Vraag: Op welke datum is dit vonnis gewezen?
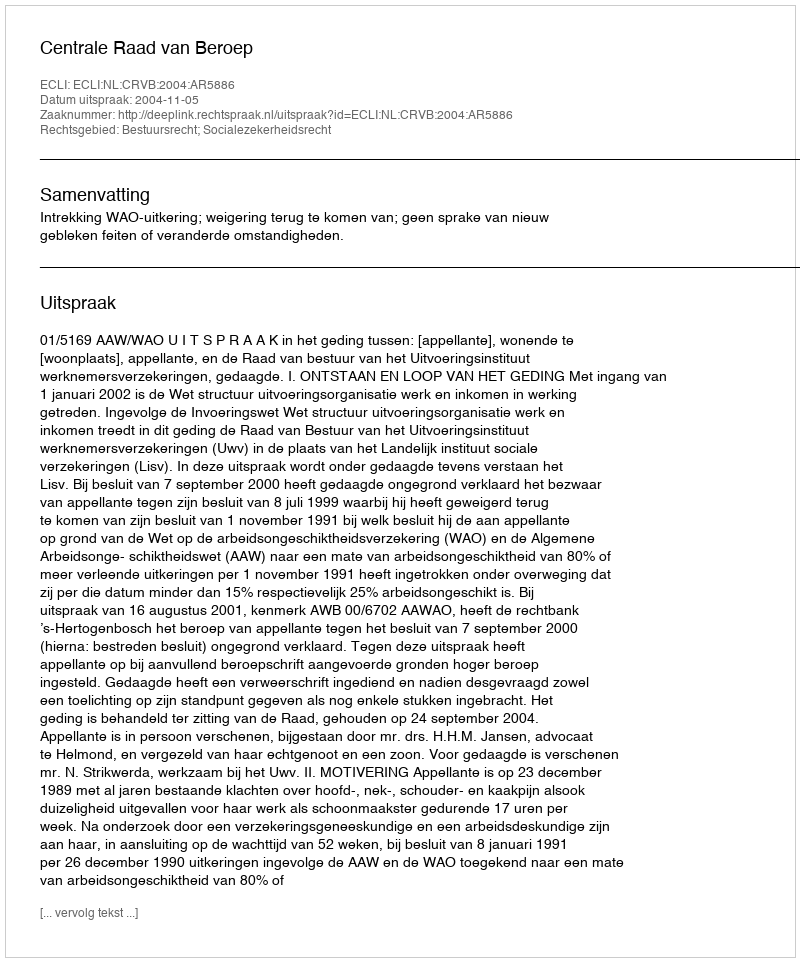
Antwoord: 2004-11-05